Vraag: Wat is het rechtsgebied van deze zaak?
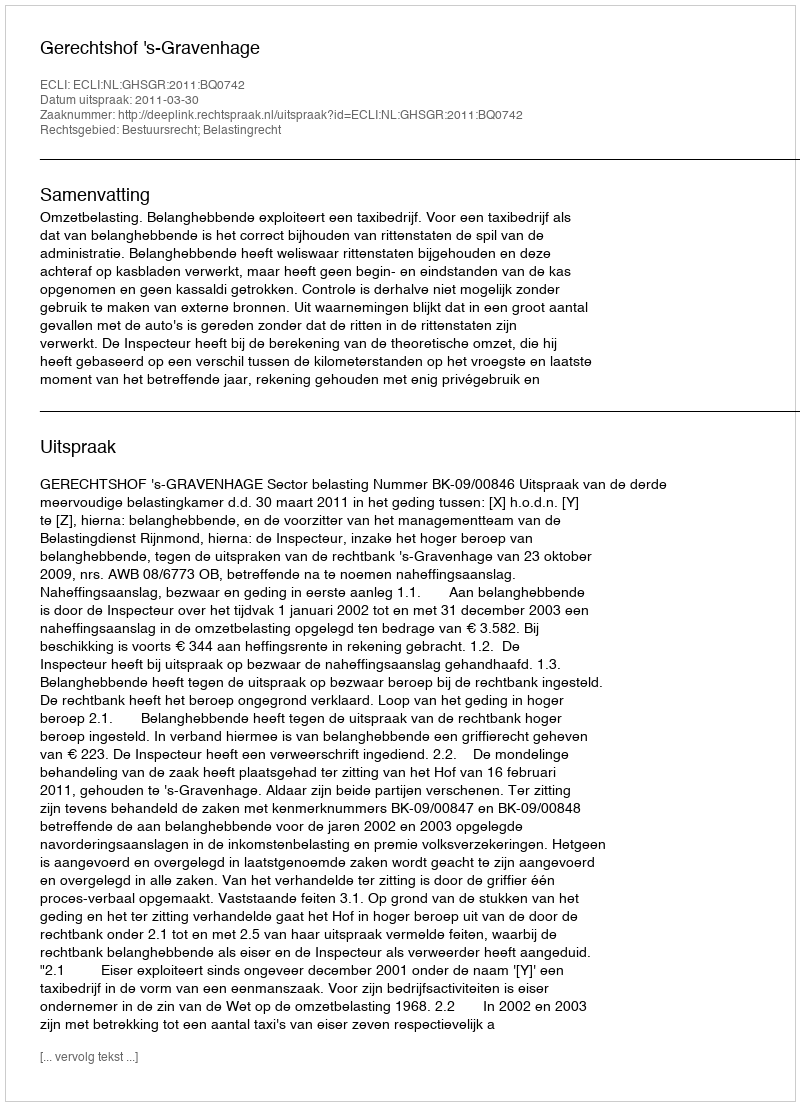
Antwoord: Bestuursrecht; Belastingrecht